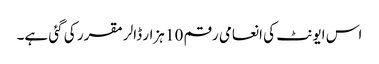
اس ایونٹ کی انعامی رقم 10 ہزار ڈالر مقرر کی گئی ہے۔